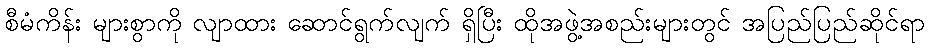
စီမံကိန်း များစွာကို လျာထား ဆောင်ရွက်လျက် ရှိပြီး ထိုအဖွဲ့အစည်းများတွင် အပြည်ပြည်ဆိုင်ရာ